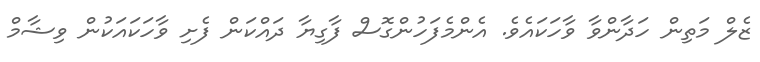
ޒެލް މަތިން ހަދާންވާ ވާހަކައެވެ. އެންމެފަހުންގޮސް ފާގިޔާ ދައްކަން ފެށި ވާހަކައަކުން ވިޝާމް